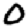
Digit: 0